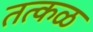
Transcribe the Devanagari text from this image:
तत्कळ